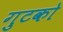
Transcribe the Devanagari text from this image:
गुटको